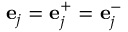
\mathbf { e } _ { j } = \mathbf { e } _ { j } ^ { + } = \mathbf { e } _ { j } ^ { - }